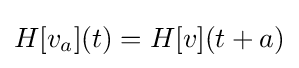
H[v_{a}](t)=H[v](t+a)